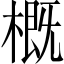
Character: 概